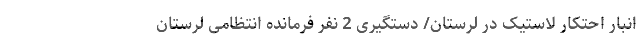
انبار احتکار لاستیک در لرستان/ دستگیری 2 نفر فرمانده انتظامی لرستان